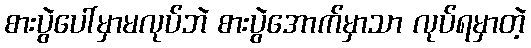
စားပွဲပေါ်မှာမလုပ်ဘဲ စားပွဲအောက်မှာသာ လုပ်ရမှာတဲ့